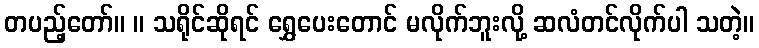
တပည့်တော်။ ။ သရိုင်ဆိုရင် ရွှေပေးတောင် မလိုက်ဘူးလို့ ဆလံတင်လိုက်ပါ သတဲ့။